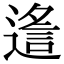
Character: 䢣